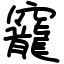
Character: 竉